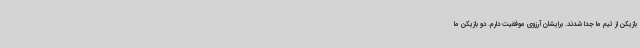
بازیکن از تیم ما جدا شدند. برایشان آرزوی موفقیت دارم. دو بازیکن ما